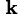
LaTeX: ^{\, \mathbf{k}}